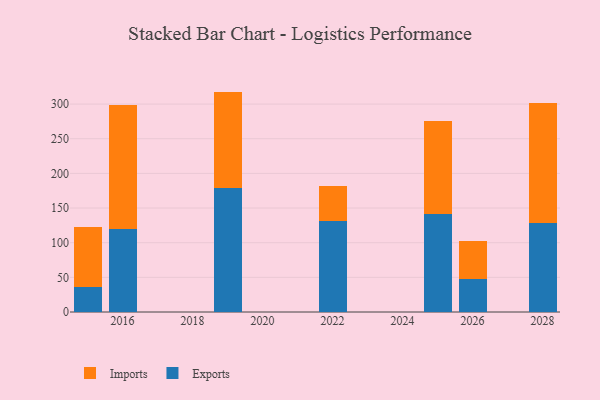
{"axis": {"x": "Year", "y": "Latency (ms)"}, "legend": ["Exports", "Imports"], "data": [{"x": "2028", "y": 129.0, "type": "Exports"}, {"x": "2028", "y": 173.1, "type": "Imports"}, {"x": "2016", "y": 119.5, "type": "Exports"}, {"x": "2016", "y": 178.7, "type": "Imports"}, {"x": "2019", "y": 178.8, "type": "Exports"}, {"x": "2019", "y": 139.2, "type": "Imports"}, {"x": "2026", "y": 47.1, "type": "Exports"}, {"x": "2026", "y": 56.0, "type": "Imports"}, {"x": "2022", "y": 131.5, "type": "Exports"}, {"x": "2022", "y": 50.9, "type": "Imports"}, {"x": "2025", "y": 141.9, "type": "Exports"}, {"x": "2025", "y": 134.4, "type": "Imports"}, {"x": "2015", "y": 36.6, "type": "Exports"}, {"x": "2015", "y": 86.7, "type": "Imports"}]}